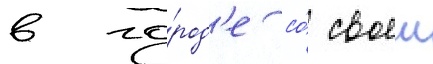
в го́род'е со́ своеи